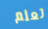
تعلم